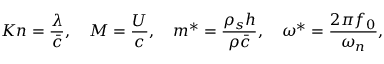
K n = \frac { \lambda } { \bar { c } } , \quad M = \frac { U } { c } , \quad m ^ { * } = \frac { \rho _ { s } h } { \rho \bar { c } } , \quad \omega ^ { * } = \frac { 2 \pi f _ { 0 } } { \omega _ { n } } ,